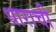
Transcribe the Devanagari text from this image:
धाराची